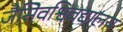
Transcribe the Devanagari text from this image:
जैसेिवश्विवद्यालय